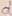
Text: d